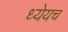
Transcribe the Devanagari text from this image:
ध्येयच